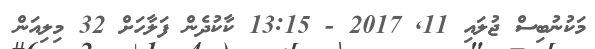
މަކުނުބިސް ޖުލައި 11